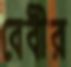
বেবীর